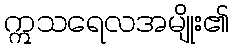
ဣသရေလအမျိုး၏